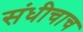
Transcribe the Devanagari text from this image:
संधीचाच